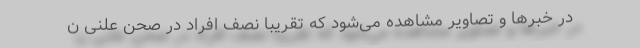
در خبرها و تصاویر مشاهده می‌شود که تقریبا نصف افراد در صحن علنی ن